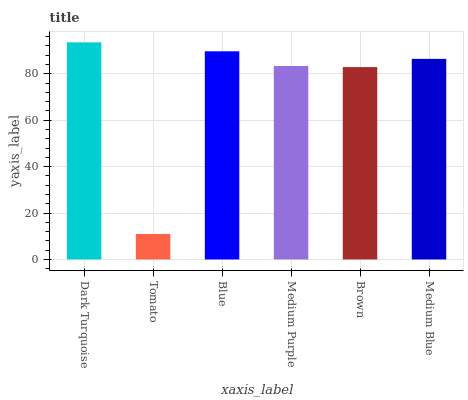
| xaxis_label | bars |
 | --- | --- |
 | Dark Turquoise | 93.5 |
 | Tomato | 11 |
 | Blue | 89.7 |
 | Medium Purple | 83.4 |
 | Brown | 82.9 |
 | Medium Blue | 86.4 |